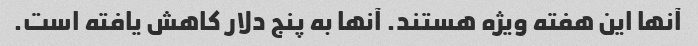
آنها این هفته ویژه هستند. آنها به پنج دلار کاهش یافته است.